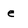
Character: e